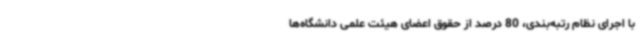
با اجرای نظام رتبه‌بندی، 80 درصد از حقوق اعضای هیئت علمی دانشگاه‌ها